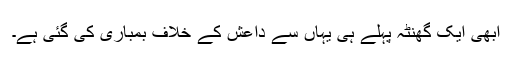
ابھی ایک گھنٹہ پہلے ہی یہاں سے داعش کے خلاف بمباری کی گئی ہے۔